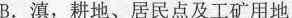
B.滇，耕地、居民点及工矿用地